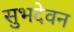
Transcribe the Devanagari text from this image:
सुभदेवन